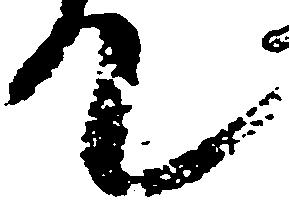
て